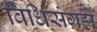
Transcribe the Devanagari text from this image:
विधिसंग्रहों